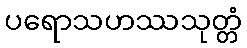
ပရောသဟဿသုတ္တံ